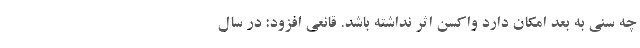
چه سنی به بعد امکان دارد واکسن اثر نداشته باشد. قانعی افزود: در سال